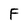
Character: F